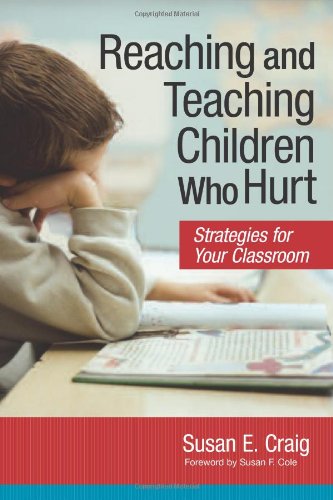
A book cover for Reaching and Teaching Children Who Hurt: Strategies for Your Classroom; Susan Craig Ph.D.; Parenting & Relationships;